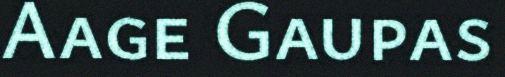
Aage Gaupas